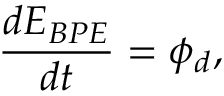
\frac { d E _ { B P E } } { d t } = \phi _ { d } ,